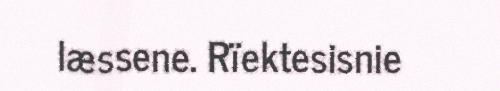
læssene. Rïektesisnie